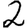
Digit: 2